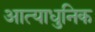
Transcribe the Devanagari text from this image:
आत्याधुनिक